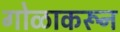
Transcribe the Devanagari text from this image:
गोळाकरून